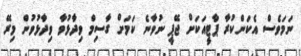
ނަމަވެސް އެކަންކުރާ ޕާޓީއަކަށް ޖޭޕީ ނުވާނެ ކަމަށް ގާސިމް ވިދާޅުވާ ވިދާޅުވުން މިރޭ